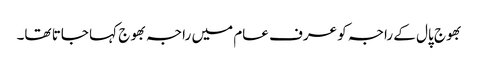
بھوج پال کے راجہ کو عرف عام میں راجہ بھوج کہا جاتا تھا۔